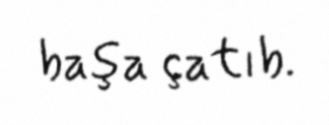
başa çatıb.